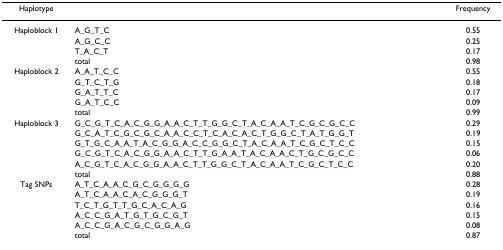
| Haplotype |  | Frequency |
 | --- | --- | --- |
 | Haploblock 1 | A_G_T_C | 0.55 |
 |  | A_G_C_C | 0.25 |
 |  | T_A_C_T | 0.17 |
 |  | total | 0.98 |
 | Haploblock 2 | A_A_T_C_C | 0.55 |
 |  | G_T_C_T_G | 0.18 |
 |  | G_A_T_T_C | 0.17 |
 |  | G_A_T_C_C | 0.09 |
 |  | total | 0.99 |
 | Haploblock 3 | G_C_G_T_C_A_C_G_G_A_A_C_T_T_G_G_C_T_A_C_A_A_T_C_G_C_G_C_C | 0.29 |
 |  | G_C_A_T_C_G_C_G_C_A_A_C_C_T_C_A_C_A_C_T_G_G_C_T_A_T_G_G_T | 0.19 |
 |  | G_T_G_C_A_A_T_A_C_G_G_A_C_C_G_G_C_T_A_C_A_A_T_C_G_C_T_C_C | 0.15 |
 |  | G_C_G_T_C_A_C_G_G_A_A_C_T_T_G_A_A_T_A_C_A_A_C_T_G_C_G_C_C | 0.06 |
 |  | A_C_G_T_C_A_C_G_G_A_A_C_T_T_G_G_C_T_A_C_A_A_T_C_G_C_T_C_C | 0.20 |
 |  | total | 0.88 |
 | Tag SNPs | A_T_C_A_A_C_G_C_G_G_G_G | 0.28 |
 |  | A_T_C_A_A_C_A_C_G_G_G_T | 0.19 |
 |  | T_C_T_G_T_T_G_C_A_C_A_G | 0.16 |
 |  | A_C_C_G_A_T_G_T_G_C_G_T | 0.15 |
 |  | A_C_C_G_A_C_G_C_G_G_A_G | 0.08 |
 |  | total | 0.87 |